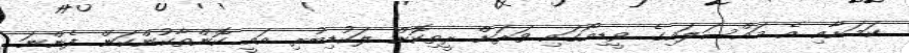
ކަމަށާއި އެ މައްސަލައިގެ ވީޑިއޯގައި ވަރަށް ރީތިކޮށް ލަކުޑިބުރި އައީ ކޮންތާކުންކަން ފެންނަ